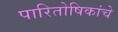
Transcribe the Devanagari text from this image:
पारितोषिकांचे